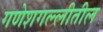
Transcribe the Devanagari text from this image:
गणेशगल्लीतील